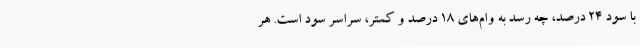
با سود 24 درصد، چه رسد به وام‌های 18 درصد و کمتر، سراسر سود است. هر